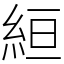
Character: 絙